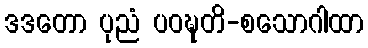
ဒဒတော ပုညံ ပဝဍ္ဎတိ-စသောဂါထာ